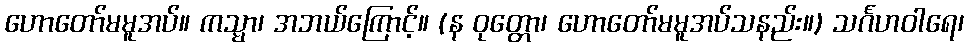
ဟောတော်မမူအပ်။ ကသ္မာ၊ အဘယ်ကြောင့်။ (န ဝုတ္တော၊ ဟောတော်မမူအပ်သနည်း။) သင်္ဂဟဝါရေ၊